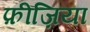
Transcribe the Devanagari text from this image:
फ़ीज़िया